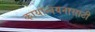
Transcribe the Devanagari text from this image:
कार्यान्वयनासाठी